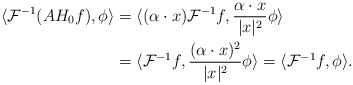
\begin{align*}\langle \mathcal{F}^{-1}(AH_{0}f), \phi \rangle &= \langle ( \alpha \cdot x ) \mathcal{F}^{-1}f,\frac{\alpha \cdot x}{|x|^{2}} \phi \rangle \\&= \langle \mathcal{F}^{-1}f, \frac{(\alpha \cdot x)^{2}}{|x|^{2}} \phi \rangle= \langle \mathcal{F}^{-1}f, \phi \rangle. \end{align*}